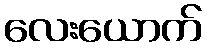
လေးယောက်